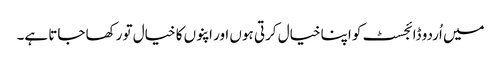
میں اُردو ڈائجسٹ کو اپنا خیال کرتی ہوں اور اپنوں کا خیال تو رکھا جاتا ہے۔